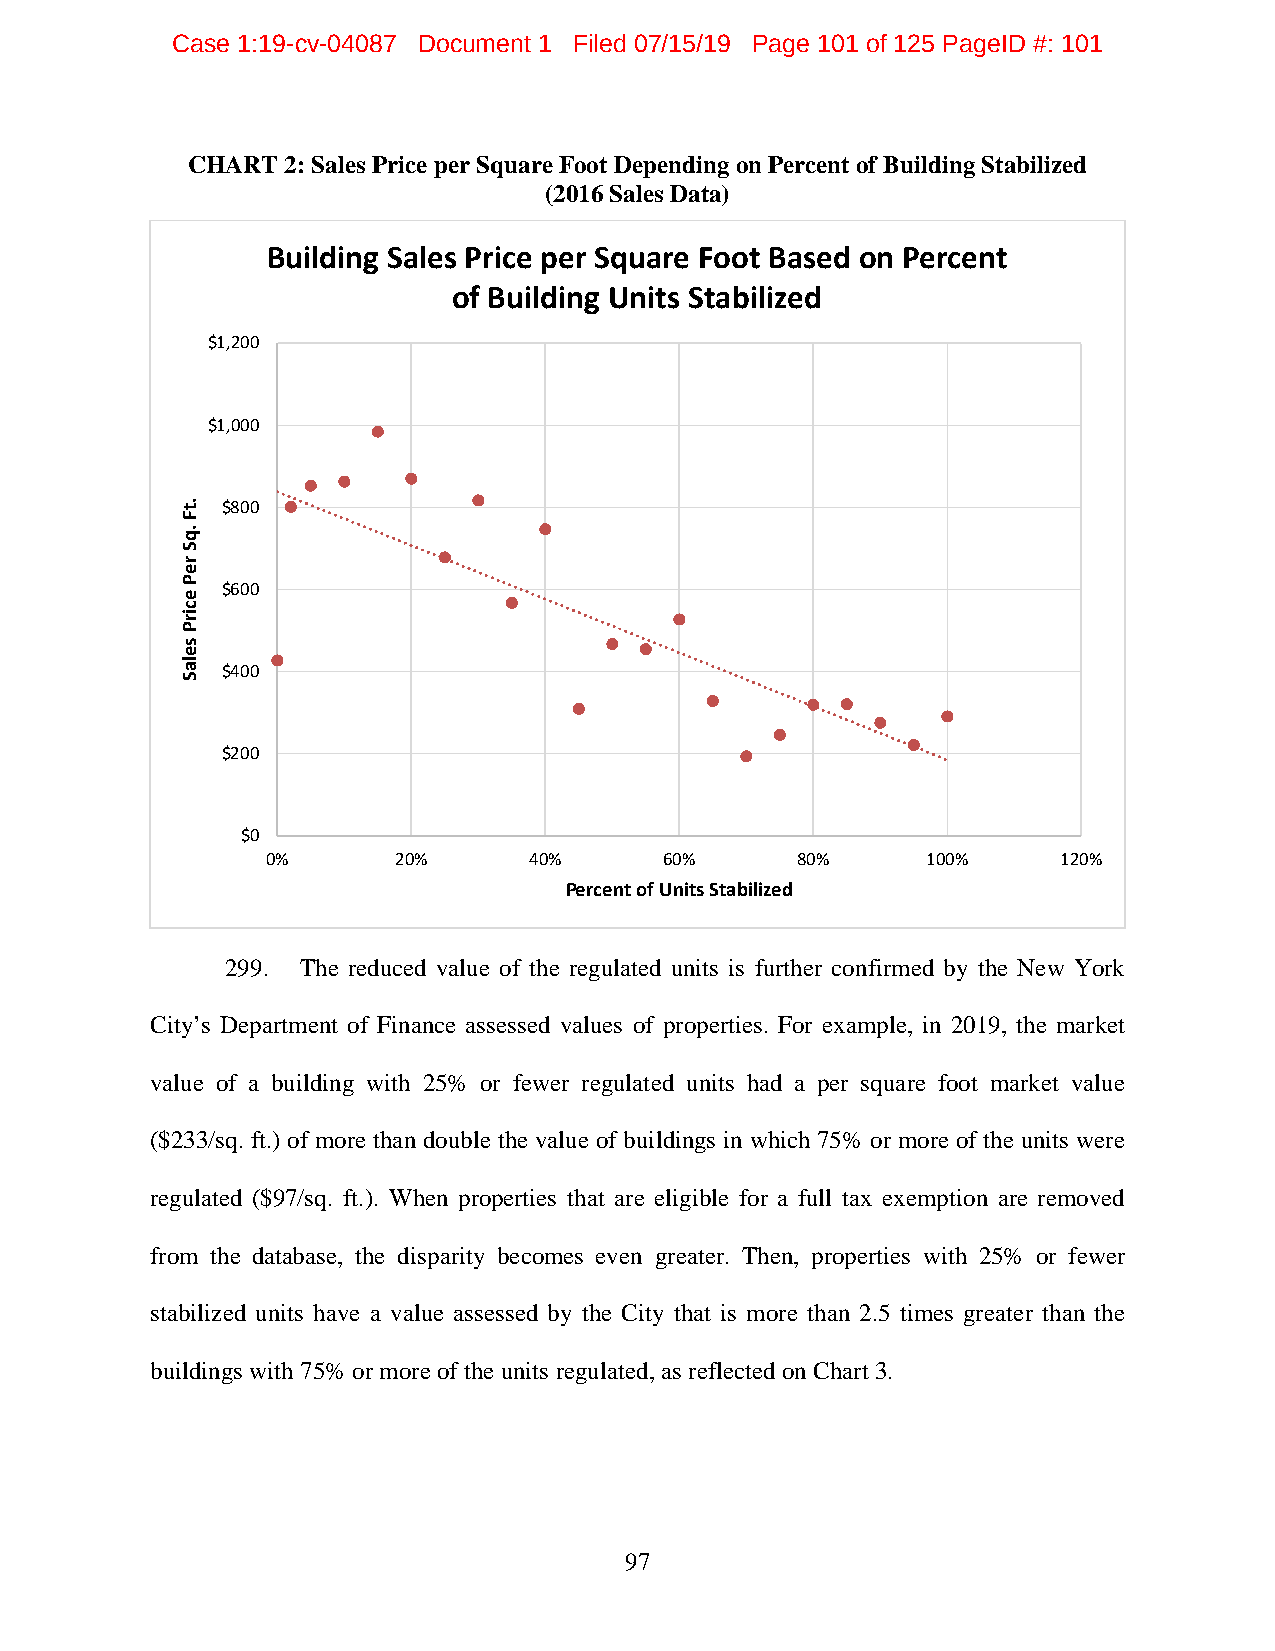
Case 1:19-cv-04087 Document 1 Filed 07/15/19 Page 101 of 125 PageID #: 101
 CHART  2: Sales Price per Square Foot Depending on Percent of Building Stabilized
 (2016 Sales Data)
 Building Sales Price per Square Foot Based on Percent
 of Building Units Stabilized
 $1,200
 $1,000
 $800
 $600
 $400
 $200
 $0
 0%      20%      40%      60%      80%     100%     120%
 Percent of Units Stabilized
 299. The reduced value of the regulated units is further confirmed by the New York
 City’s Department of Finance assessed values of properties. For example, in 2019, the market
 value of a building with 25% or fewer regulated units had a per square foot market value
 ($233/sq. ft.) of more than double the value of buildings in which 75% or more of the units were
 regulated ($97/sq. ft.). When properties that are eligible for a full tax exemption are removed
 from the database, the disparity becomes even greater. Then, properties with 25% or fewer
 stabilized units have a value assessed by the City that is more than 2.5 times greater than the
 buildings with 75% or more of the units regulated, as reflected on Chart 3.
 97
 .tF
 .qS
 reP
 ecirP
 selaS